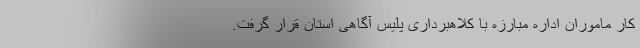
کار ماموران اداره مبارزه با کلاهبرداری پلیس آگاهی استان قرار گرفت.